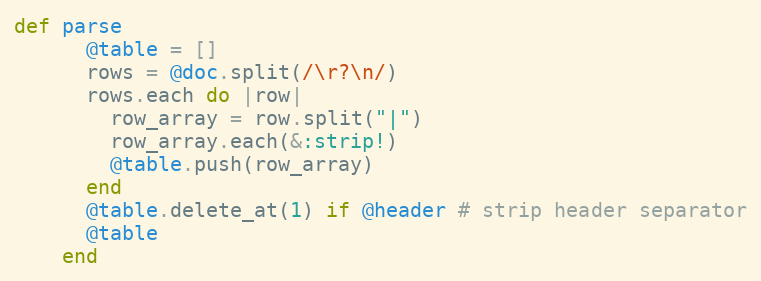
Language: Ruby
def parse
      @table = []
      rows = @doc.split(/\r?\n/)
      rows.each do |row|
        row_array = row.split("|")
        row_array.each(&:strip!)
        @table.push(row_array)
      end
      @table.delete_at(1) if @header # strip header separator
      @table
    end